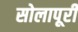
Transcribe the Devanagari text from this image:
सोलापूरी